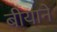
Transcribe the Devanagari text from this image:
बीयाने